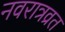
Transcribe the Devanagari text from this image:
नवरात्रव्रत